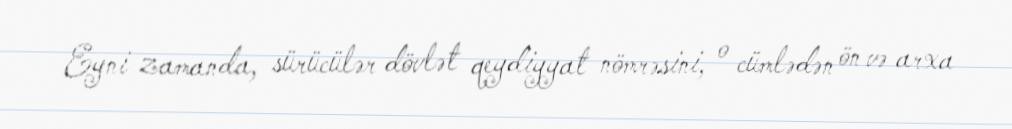
Eyni zamanda, sürücülər dövlət qeydiyyat nömrəsini, o cümlədən ön və arxa